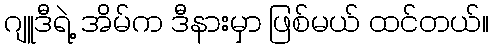
ဂျူဒီရဲ့ အိမ်က ဒီနားမှာ ဖြစ်မယ် ထင်တယ်။